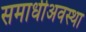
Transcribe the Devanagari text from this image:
समाधीअवस्था